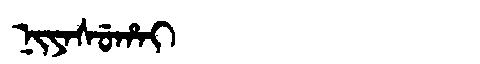
Manchu: ᠨᡳᠶᠠᠰᡠᡥᠠᡳ
Romanization: NIYASUHAI